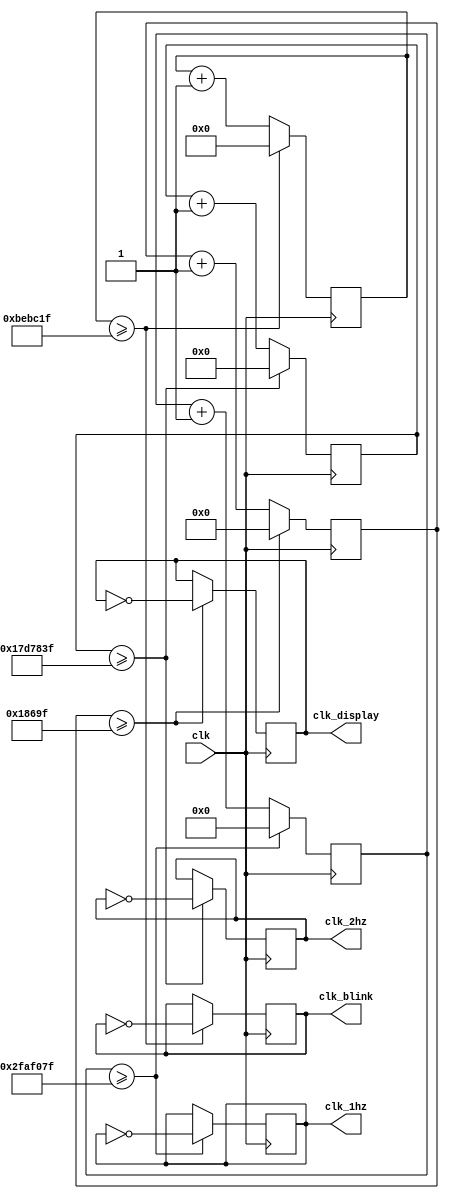
module clock_divider(
    input clk,
    output reg clk_1hz = 0,
    output reg clk_2hz = 0,
    output reg clk_display = 0,
    output reg clk_blink = 0 
);

localparam DIVIDE_FACTOR_1HZ = 50000000;
localparam DIVIDE_FACTOR_2HZ = 25000000;
localparam DIVIDE_FACTOR_500HZ = 100000;
localparam DIVIDE_FACTOR_4HZ = 12500000;

reg [26:0] counter_1hz = 0;
reg [25:0] counter_2hz = 0;
reg [23:0] counter_display = 0;
reg [24:0] counter_blink = 0;

always @(posedge clk) begin
    if (counter_1hz >= DIVIDE_FACTOR_1HZ - 1) begin
        clk_1hz <= ~clk_1hz;
        counter_1hz <= 0;
    end else begin
        counter_1hz <= counter_1hz + 1;
    end

    if (counter_2hz >= DIVIDE_FACTOR_2HZ - 1) begin
        clk_2hz <= ~clk_2hz;
        counter_2hz <= 0;
    end else begin
        counter_2hz <= counter_2hz + 1;
    end
    
    if (counter_display >= DIVIDE_FACTOR_500HZ - 1) begin
        clk_display <= ~clk_display;
        counter_display <= 0;
    end else begin
        counter_display <= counter_display + 1;
    end
    
    if (counter_blink >= DIVIDE_FACTOR_4HZ - 1) begin
        clk_blink <= ~clk_blink;
        counter_blink <= 0;
    end else begin
        counter_blink <= counter_blink + 1;
    end
end

endmodule